Report on sanitation, dispensaries, and jails in Rajputana for 1914, and on vaccination for the year 1914-1915 - 1914-1915
Year: 1914
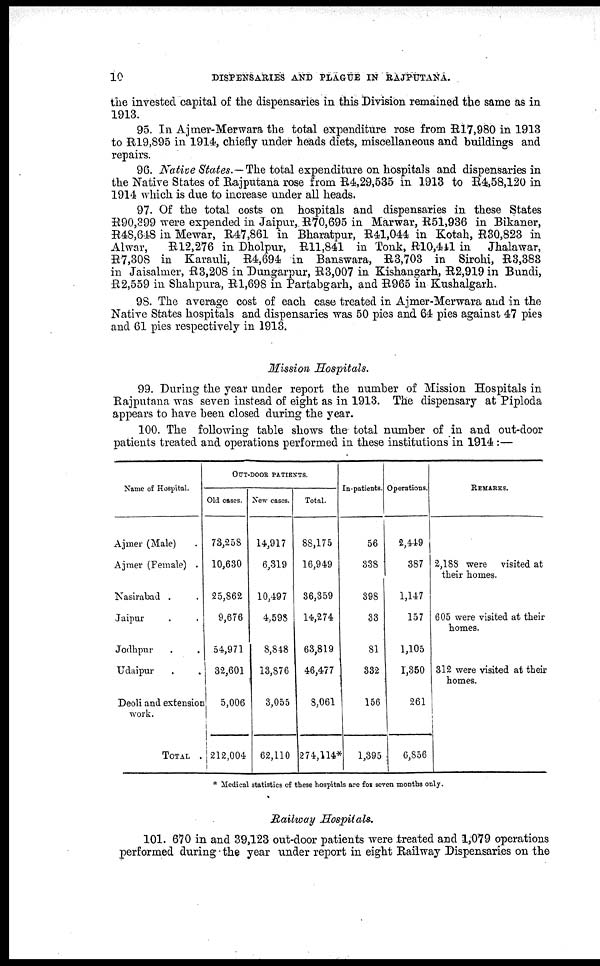
10
DISPENSARIES AND PLAGUE IN RAJPUTANA.
the invested capital of the dispensaries in this Division remained the same as in
1913.
95. In Ajmer-Merwara the total expenditure rose from R17,980 in 1913
to R19,895 in 1914, chiefly under heads diets, miscellaneous and buildings and
repairs.
96. Native States.—The total expenditure on hospitals and dispensaries in
the Native States of Rajputana rose from R4,29,535 in 1913 to R4,58,120 in
1914 which is due to increase under all heads.
97. Of the total costs on hospitals and dispensaries in these States
R90,399 were expended in Jaipur, R70,695 in Marwar, R51,936 in Bikaner,
R48,648 in Mewar, R47,861 in Bharatpur, R41,044 in Kotah, R30,823 in
Alwar,
R12,276 in Dholpur, R11,841 in Tonk, R10,441 in
Jhalawar,
R7,308 in Karauli, R4,694 in Banswara, R3,703 in Sirohi, R3,383
in Jaisalmer, R3,208 in Dungarpur, R3,007 in Kishangarh, R2,919 in Bundi,
R2,559 in Shahpura, R 1,698 in Partabgarh, and R965 in Kushalgarh.
98. The average cost of each case treated in Ajmer-Merwara and in the
Native States hospitals and dispensaries was 50 pies and 64 pies against 47 pies
and 61 pies respectively in 1913.
Mission Hospitals.
99. During the year under report the number of Mission Hospitals in
Rajputana was seven instead of eight as in 1913. The dispensary at Piploda
appears to have been closed during the year.
100. The following table shows the total number of in and out-door
patients treated and operations performed in these institutions in 1914 :—
Name of Hospital.
Ajmer (Male) .
Ajmer (Female) .
Nasirabad . .
Jaipur . .
Jodhpur . .
Udaipur . .
Deoli and extension
work.
TOTAL .
OUT-DOOR PATIENTS.
Old cases.
73,258
10,630
25,862
9,676
54,971
32,601
5,006
212,004
New cases.
14,917
6,319
10,497
4,598
8,848
13,876
3,055
62,110
Total.
88,175
16,949
36,359
14,274
63,819
46,477
8,061
274,114*
In-patients.
56
338
398
33
81
332
156
1,395
Operations.
2,449
387
1,147
157
1,105
1,350
261
6,856
REMARKS.
2,188 were visited at
their homes.
605 were visited at their
homes.
312 were visited at their
homes.
* Medical statistics of these hospitals are for seven months only.
Railway Hospitals.
101. 670 in and 39,123 out-door patients were treated and 1,079 operations
performed during the year under report in eight Railway Dispensaries on the